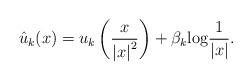
LaTeX: \begin{align*}\hat{u}_{k}(x)=u_{k}\left(\frac{x}{\left|x\right|^{2}}\right)+\beta_k{\rm {log}}\frac{1}{\left|x\right|}.\end{align*}